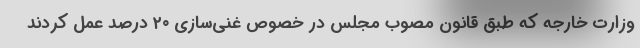
وزارت خارجه که طبق قانون مصوب مجلس در خصوص غنی‌سازی ۲۰ درصد عمل کردند